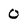
Character: O